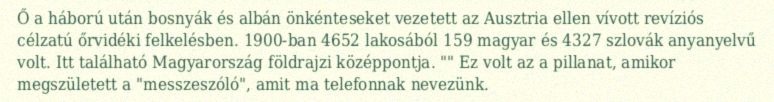
Ő a háború után bosnyák és albán önkénteseket vezetett az Ausztria ellen vívott revíziós célzatú őrvidéki felkelésben. 1900-ban 4652 lakosából 159 magyar és 4327 szlovák anyanyelvű volt. Itt található Magyarország földrajzi középpontja. "" Ez volt az a pillanat, amikor megszületett a "messzeszóló", amit ma telefonnak nevezünk.